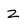
Character: 2